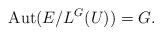
LaTeX: \begin{align*} {\rm{Aut}}(E/L^{G}(U)) = G.\end{align*}